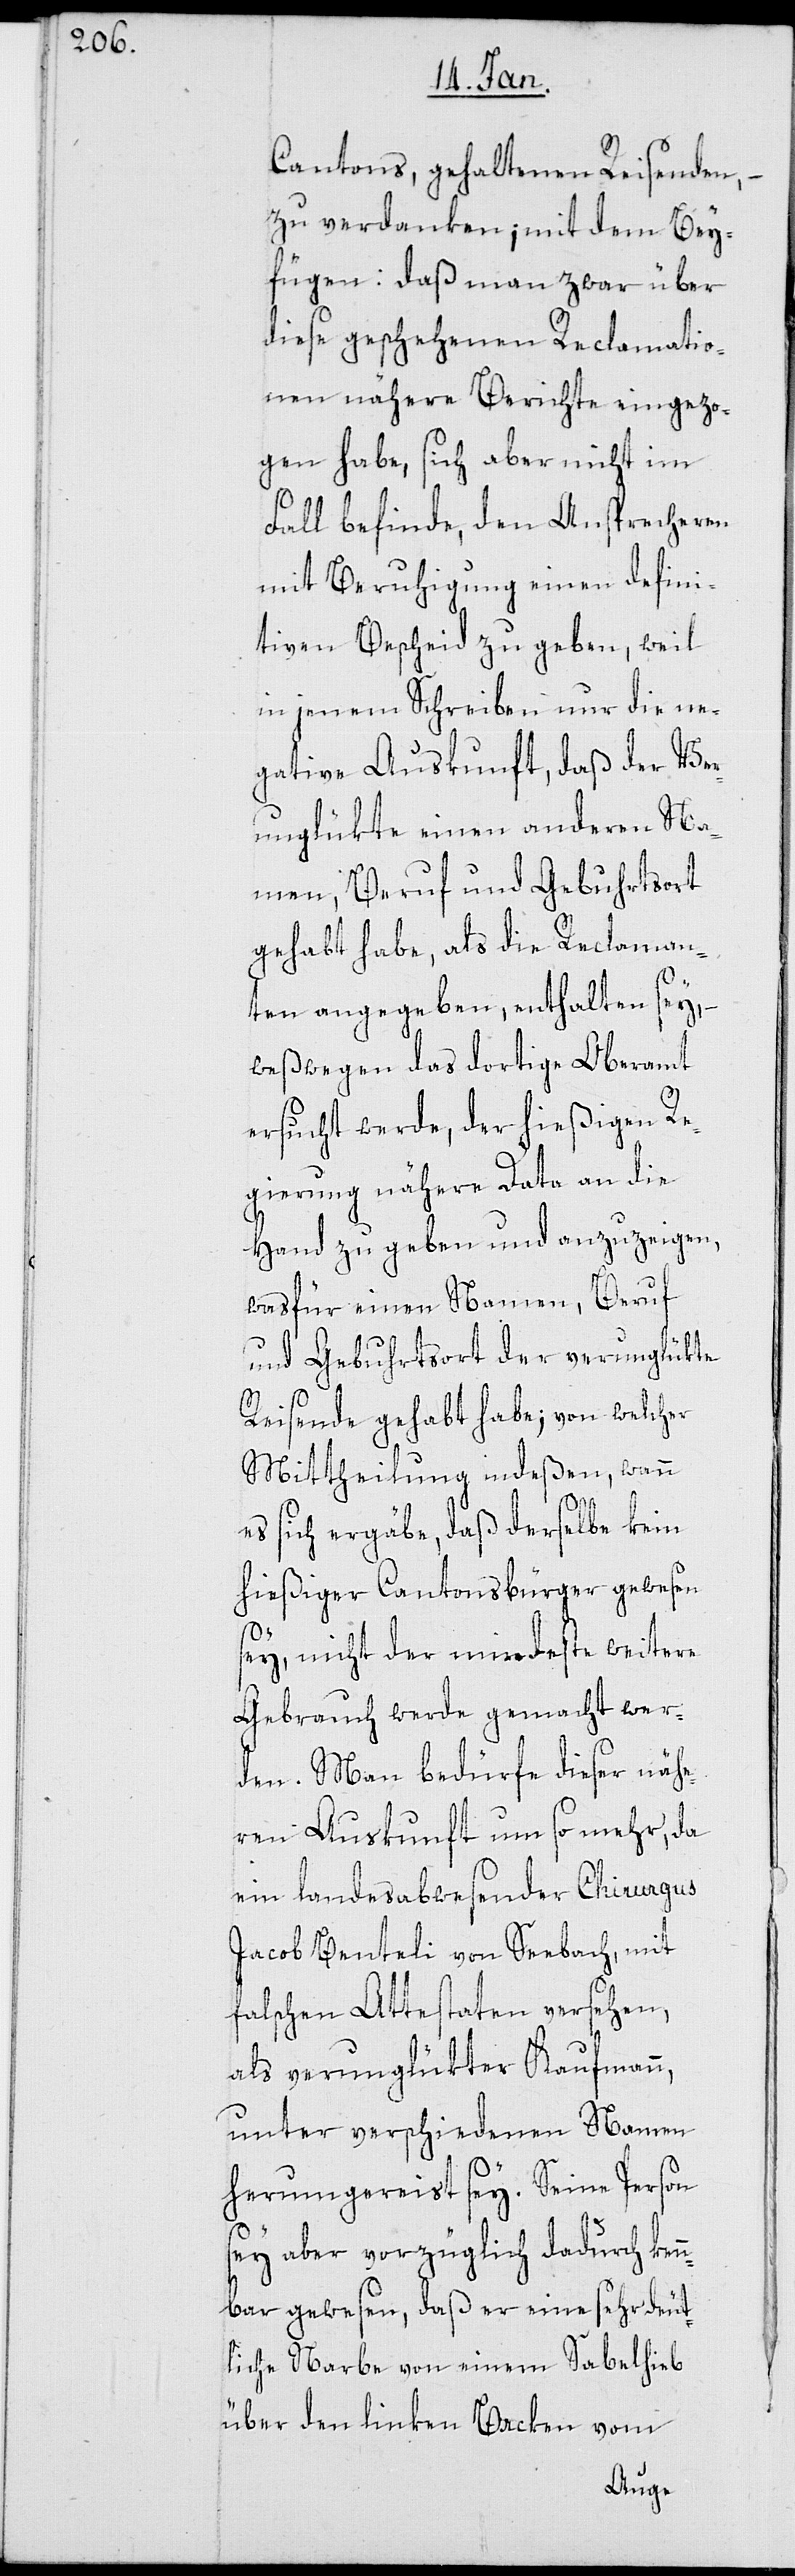
Cantons gehaltenen Reisenden,
zu verdanken; mit dem Bey¬
fügen, daß man zwar über
diese geschehenen Reclamatio¬
nen nähere Berichte eingezo¬
gen habe, sich aber nicht im
Fall befinde, den Ansprecheren
mit Beruhigung einen defini¬
tiven Bescheid zu geben, weil
in jenem Schreiben nur die ne¬
gative Auskunft, daß der Ver¬
unglükte einen anderen Na¬
men, Beruf und Gebuhrtsort
gehabt habe, als die Reclaman¬
ten angegeben, enthalten sey,
weßwegen das dortige Oberamt
ersucht werde, der hießigen Re¬
gierung nähere Data an die
Hand zu geben und anzuzeigen,
was für einen Namen, Beruf
und Gebuhrtsort der verunglükte
Reisende gehabt habe; von welcher
Mittheilung indeßen, wann
es sich ergäbe, daß derselbe kein
hießiger Cantonsbürger gewesen
sey, nicht der mindeste weitere
Gebrauch werde gemacht wer¬
den. Man bedürfe dieser nähe¬
ren Auskunft um so mehr, da
ein landesabwesender Chirurgus
Jacob Benteli von Seebach, mit
falschen Attestaten versehen,
als verunglükter Kaufmann,
unter verschiedenen Namen
herumgereist sey. Seine Person
sey aber vorzüglich dadurch ken¬
nbar gewesen, daß er eine sehr deut¬
liche Narbe von einem Sabelhieb
über den linken Backen vom